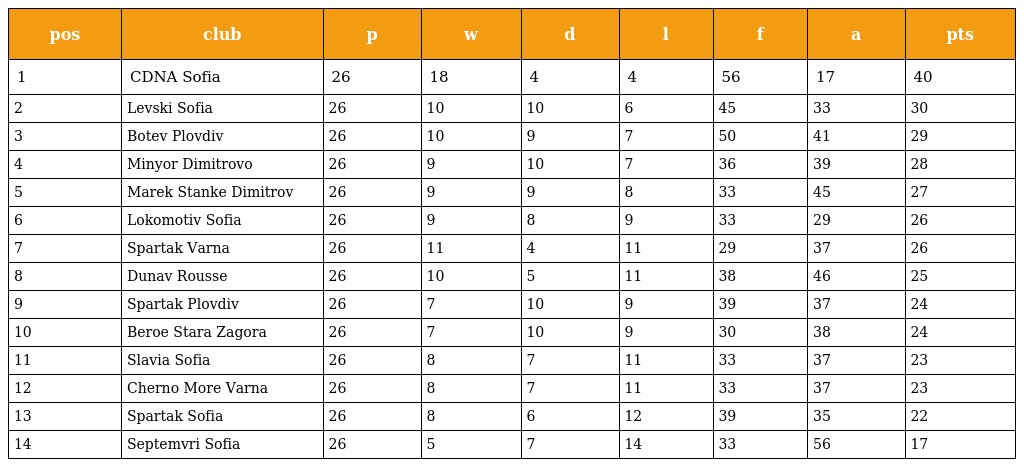
| pos | club | p | w | d | l | f | a | pts |
 | --- | --- | --- | --- | --- | --- | --- | --- | --- |
 | 1 | CDNA Sofia | 26 | 18 | 4 | 4 | 56 | 17 | 40 |
 | 2 | Levski Sofia | 26 | 10 | 10 | 6 | 45 | 33 | 30 |
 | 3 | Botev Plovdiv | 26 | 10 | 9 | 7 | 50 | 41 | 29 |
 | 4 | Minyor Dimitrovo | 26 | 9 | 10 | 7 | 36 | 39 | 28 |
 | 5 | Marek Stanke Dimitrov | 26 | 9 | 9 | 8 | 33 | 45 | 27 |
 | 6 | Lokomotiv Sofia | 26 | 9 | 8 | 9 | 33 | 29 | 26 |
 | 7 | Spartak Varna | 26 | 11 | 4 | 11 | 29 | 37 | 26 |
 | 8 | Dunav Rousse | 26 | 10 | 5 | 11 | 38 | 46 | 25 |
 | 9 | Spartak Plovdiv | 26 | 7 | 10 | 9 | 39 | 37 | 24 |
 | 10 | Beroe Stara Zagora | 26 | 7 | 10 | 9 | 30 | 38 | 24 |
 | 11 | Slavia Sofia | 26 | 8 | 7 | 11 | 33 | 37 | 23 |
 | 12 | Cherno More Varna | 26 | 8 | 7 | 11 | 33 | 37 | 23 |
 | 13 | Spartak Sofia | 26 | 8 | 6 | 12 | 39 | 35 | 22 |
 | 14 | Septemvri Sofia | 26 | 5 | 7 | 14 | 33 | 56 | 17 |